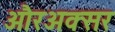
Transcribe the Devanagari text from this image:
औरअक्सर